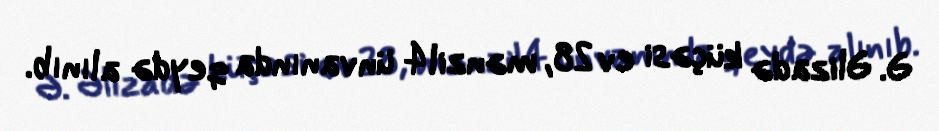
Ə. Əlizadə küçəsi ev 28, mənzil 4 ünvanında qeydə alınıb.